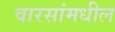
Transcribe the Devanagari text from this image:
वारसांमधील